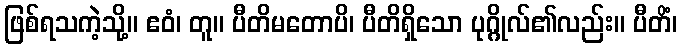
ဖြစ်ရသကဲ့သို့။ ဧဝံ၊ တူ။ ပီတိမတောပိ၊ ပီတိရှိသော ပုဂ္ဂိုလ်၏လည်း။ ပီတိံ၊